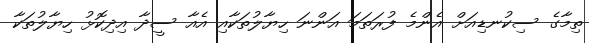
ތިމާގެ ސިކުނޑިއަށް އެންމެ ފުރަތަމަ އަންނަ ހިޔާލުތަކާއި އެއާ ސީދާ އިދިކޮޅު ހިޔާލުތަކާ